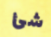
شئ